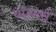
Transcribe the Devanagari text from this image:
वॉल्मर्स